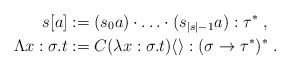
\begin{align*}s[a] & := (s_0a)\cdot \ldots \cdot(s_{|s|-1}a) : \tau^*\;, \\\Lambda x:\sigma.t & := C(\lambda x:\sigma.t)\langle\rangle : (\sigma \to \tau^*)^*\;.\end{align*}